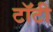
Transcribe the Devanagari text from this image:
टॉटी